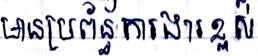
មានប្រព័ន្ធការងារខ្ពស់